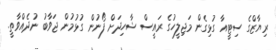
ރިޔާޒްގެ ސިޓީއާ ގުޅިގެން މަޖިލީހުގެ ރައީސް ޝާހިދަށް ފޯނުން ގުޅުމުން ޖަވާބު ނުދެއްވާތީ.